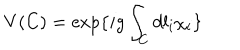
V ( C ) = \exp \{ i g \int _ { C } d l _ { i } \chi _ { i } \}